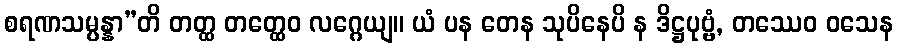
စရဏသမ္ပန္နာ”တိ တတ္ထ တတ္ထေဝ လဂ္ဂေယျ။ ယံ ပန တေန သုပိနေပိ န ဒိဋ္ဌပုဗ္ဗံ, တဿေဝ ဝသေန